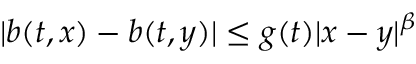
| b ( t , x ) - b ( t , y ) | \leq g ( t ) | x - y | ^ { \beta }